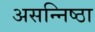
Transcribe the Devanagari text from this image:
असन्निष्ठा